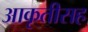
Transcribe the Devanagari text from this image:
आकृतीसह